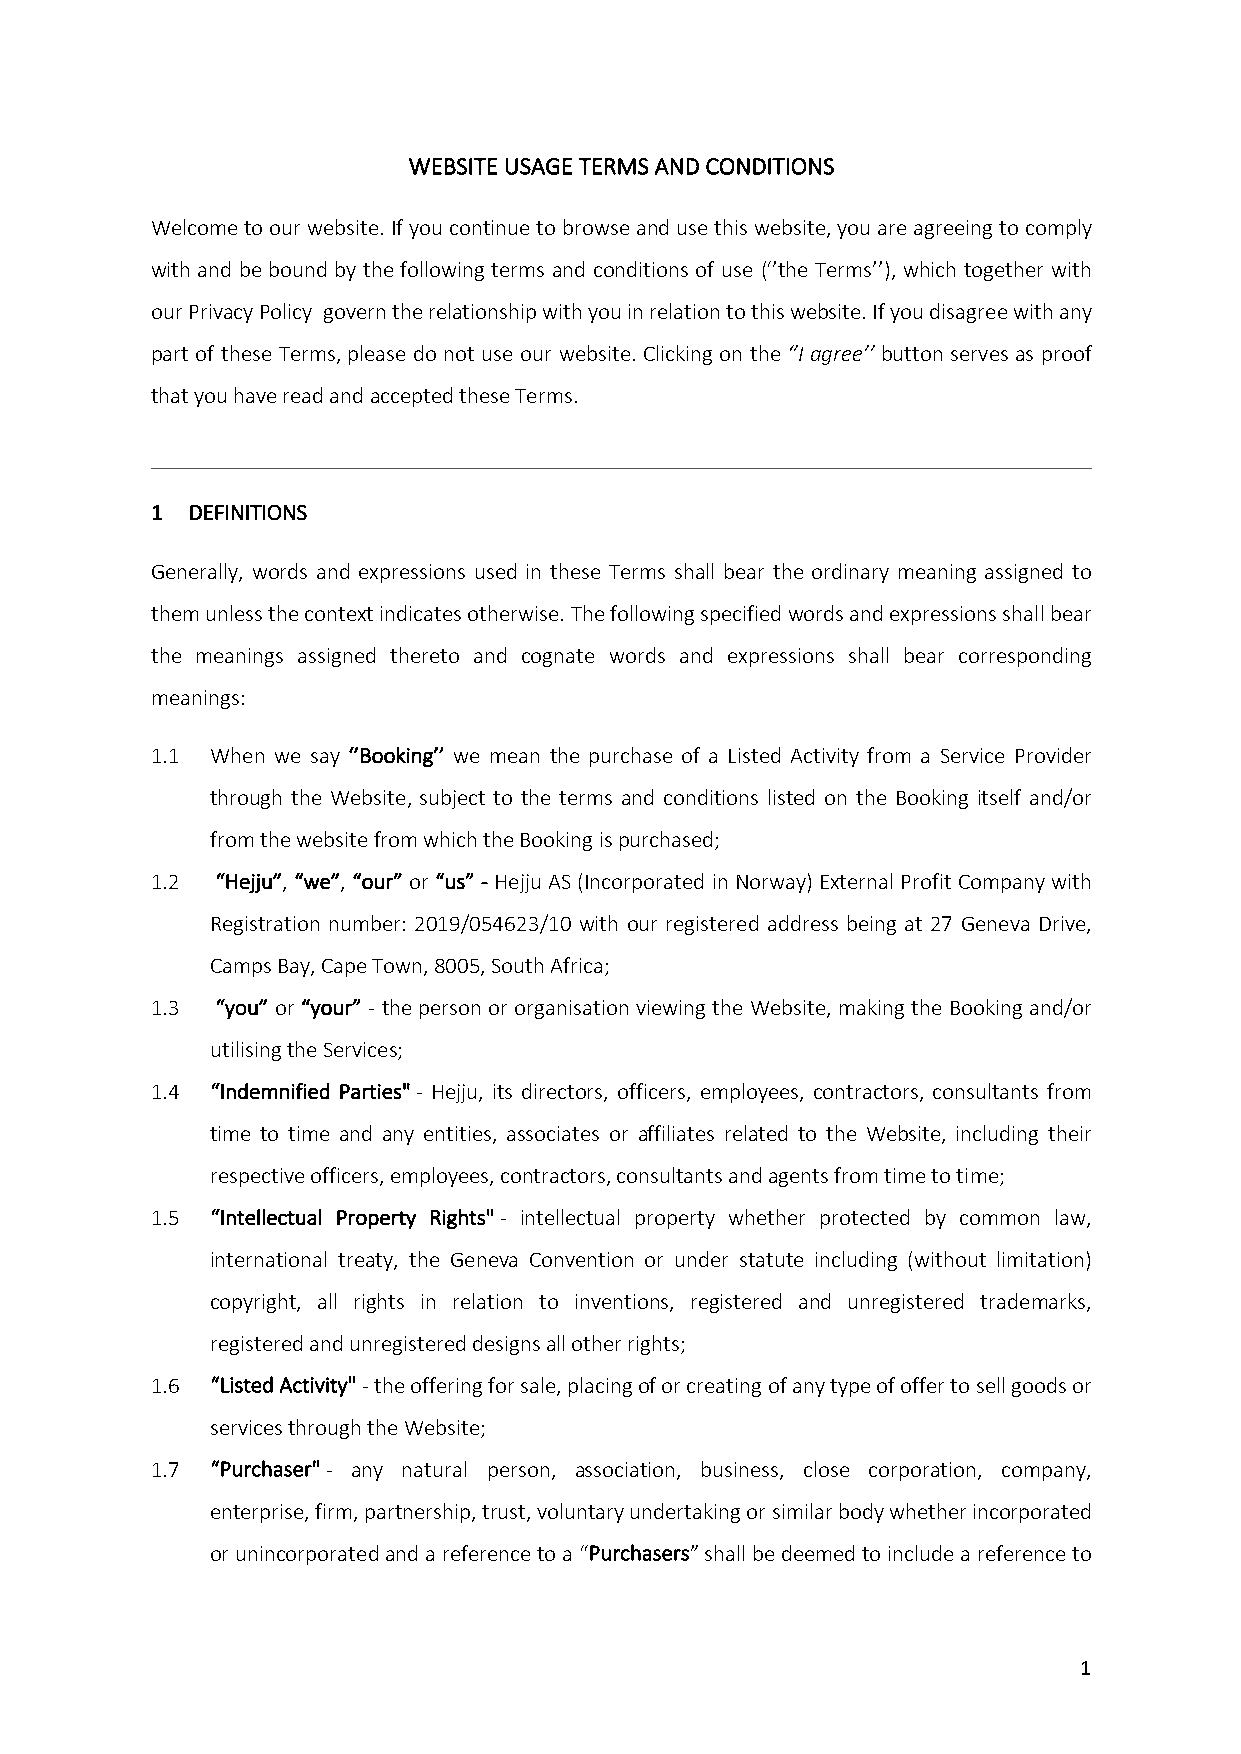
WEBSITE USAGE TERMS AND CONDITIONS
 Welcome to our website. If you continue to browse and use this website, you are agreeing to comply
 with and be bound by the following terms and conditions of use (‘’the Terms’’), which together with
 our Privacy Policy govern the relationship with you in relation to this website. If you disagree with any
 part of these Terms, please do not use our website. Clicking on the ‘’I agree’’ button serves as proof
 that you have read and accepted these Terms.
 1 DEFINITIONS
 Generally, words and expressions used in these Terms shall bear the ordinary meaning assigned to
 them unless the context indicates otherwise. The following specified words and expressions shall bear
 the meanings assigned thereto and cognate words and expressions shall bear corresponding
 meanings:
 1.1 When we say ‘’Booking’’ we mean the purchase of a Listed Activity from a Service Provider
 through the Website, subject to the terms and conditions listed on the Booking itself and/or
 from the website from which the Booking is purchased;
 1.2 “Hejju”, “we”, “our” or “us” - Hejju AS (Incorporated in Norway) External Profit Company with
 Registration number: 2019/054623/10 with our registered address being at 27 Geneva Drive,
 Camps Bay, Cape Town, 8005, South Africa;
 1.3 “you” or “your” - the person or organisation viewing the Website, making the Booking and/or
 utilising the Services;
 1.4 “Indemnified Parties" - Hejju, its directors, officers, employees, contractors, consultants from
 time to time and any entities, associates or affiliates related to the Website, including their
 respective officers, employees, contractors, consultants and agents from time to time;
 1.5 “Intellectual Property Rights" - intellectual property whether protected by common law,
 international treaty, the Geneva Convention or under statute including (without limitation)
 copyright, all rights in relation to inventions, registered and unregistered trademarks,
 registered and unregistered designs all other rights;
 1.6 “Listed Activity" - the offering for sale, placing of or creating of any type of offer to sell goods or
 services through the Website;
 1.7 “Purchaser" - any natural person, association, business, close corporation, company,
 enterprise, firm, partnership, trust, voluntary undertaking or similar body whether incorporated
 or unincorporated and a reference to a “Purchasers” shall be deemed to include a reference to
 1